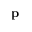
{ \bf p }